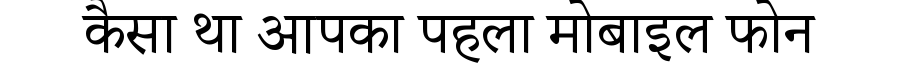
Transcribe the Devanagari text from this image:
कैसा था आपका पहला मोबाइल फोन